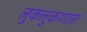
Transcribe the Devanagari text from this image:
लुकलुकणारा